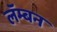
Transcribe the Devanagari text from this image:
लॅम्बन